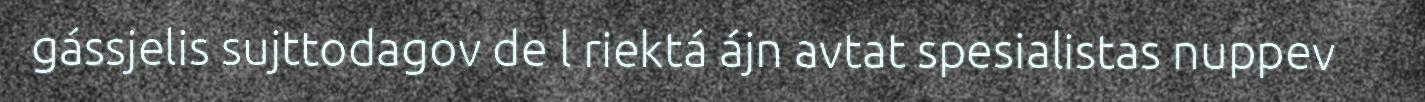
gássjelis sujttodagov de l riektá ájn avtat spesialistas nuppev